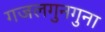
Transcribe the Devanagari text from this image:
गजलगुनगुना